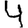
Digit: 4